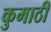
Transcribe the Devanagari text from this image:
कुमाठी